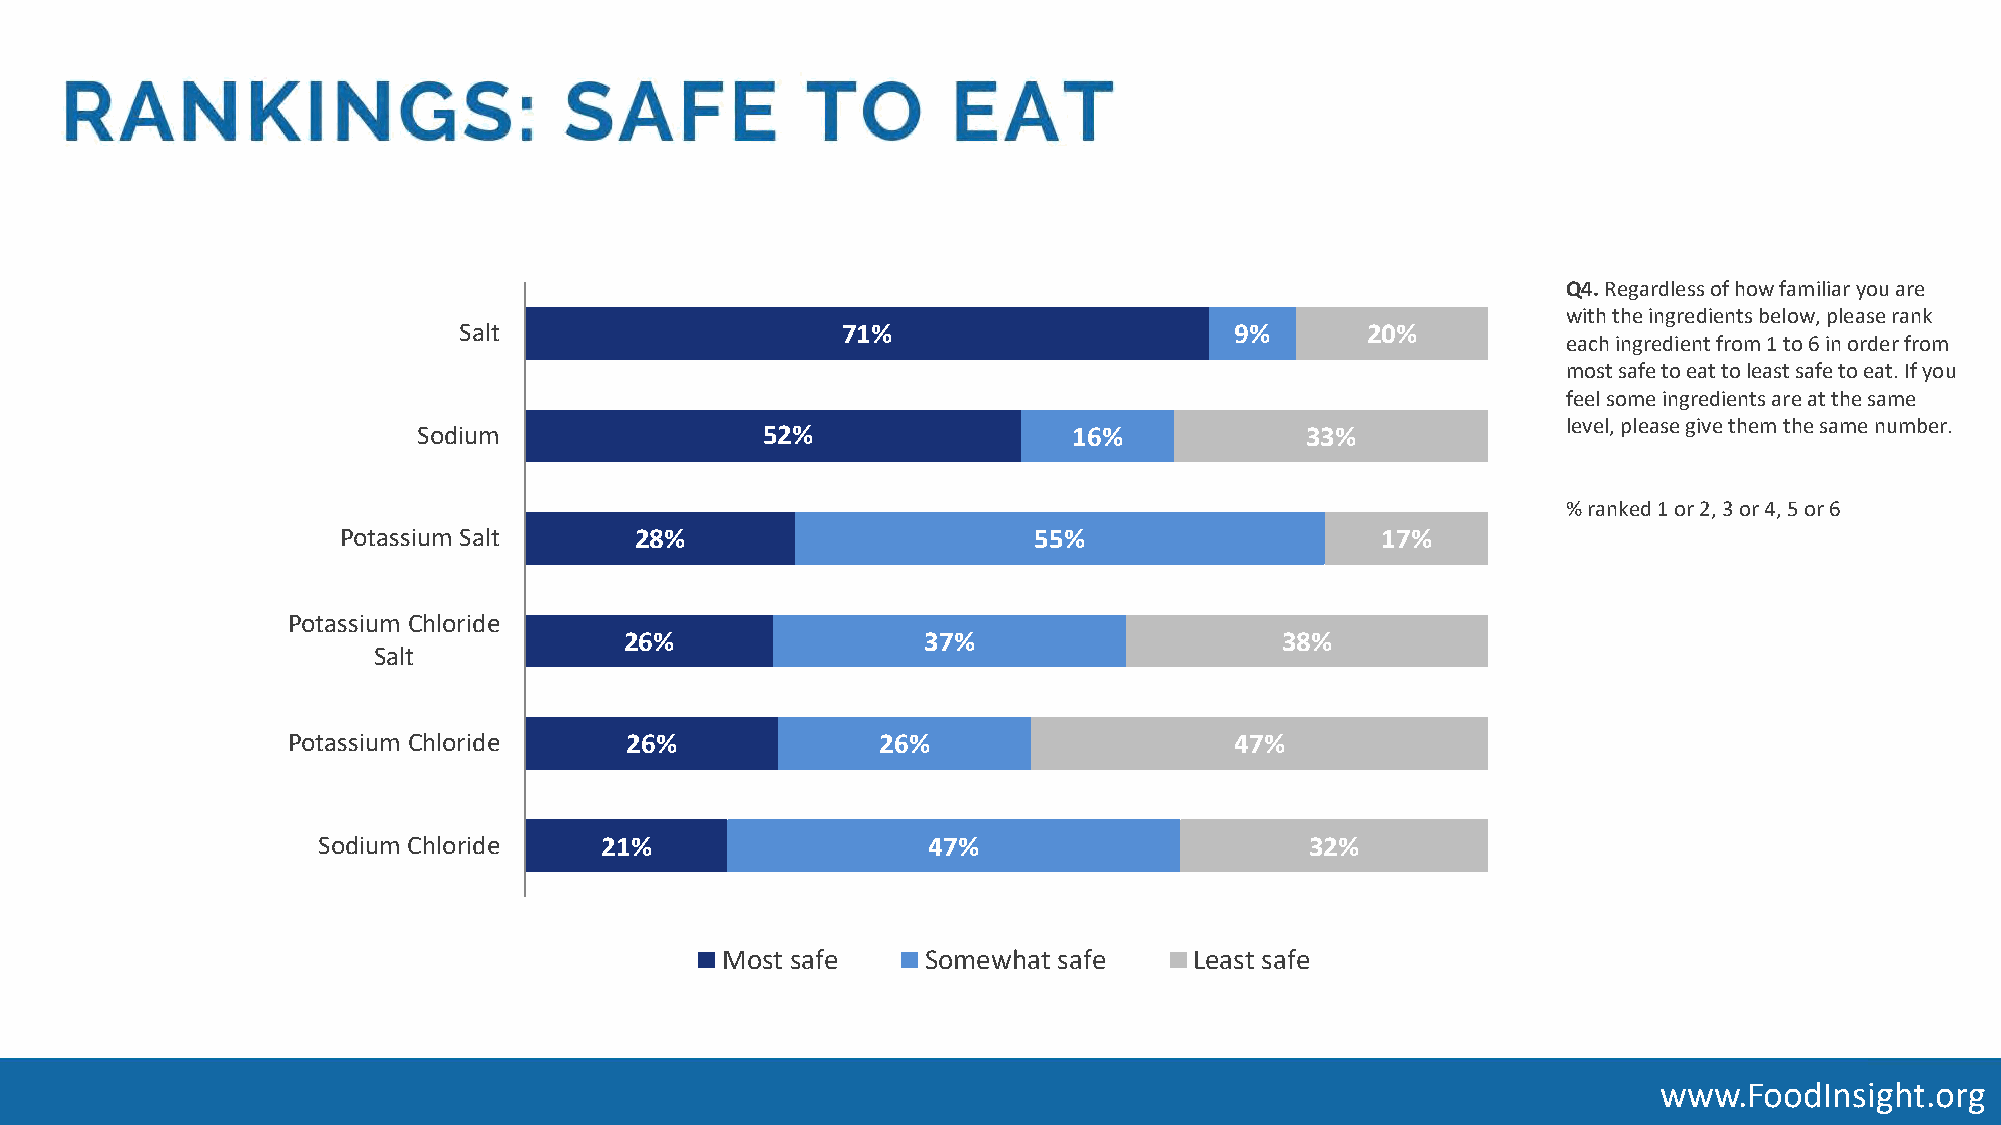
Q4. Regardless of how familiar you are
 with the ingredients below, please rank
 Salt                      71%                       9%      20%
 each ingredient from 1 to 6 in order from
 most safe to eat to least safe to eat. If you
 feel some ingredients are at the same
 level, please give them the same number.
 Sodium                52%                  16%            33%
 % ranked 1 or 2, 3 or 4, 5 or 6
 Potassium Salt      28%                       55%                    17%
 Potassium Chloride
 26%                 37%                     38%
 Salt
 Potassium Chloride    26%              26%                     47%
 Sodium Chloride    21%                  47%                       32%
 Most safe    Somewhat safe     Least safe
 www.FoodInsight.org